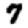
Digit: 7